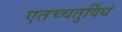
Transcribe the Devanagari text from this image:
एतच्चतुर्विधं